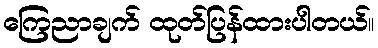
ကြေညာချက် ထုတ်ပြန်ထားပါတယ်။